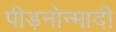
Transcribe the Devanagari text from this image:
पीड़नोन्मादी